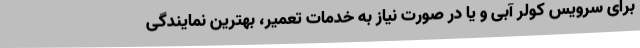
برای سرویس کولر آبی و یا در صورت نیاز به خدمات تعمیر، بهترین نمایندگی